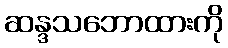
ဆန္ဒသဘောထားကို